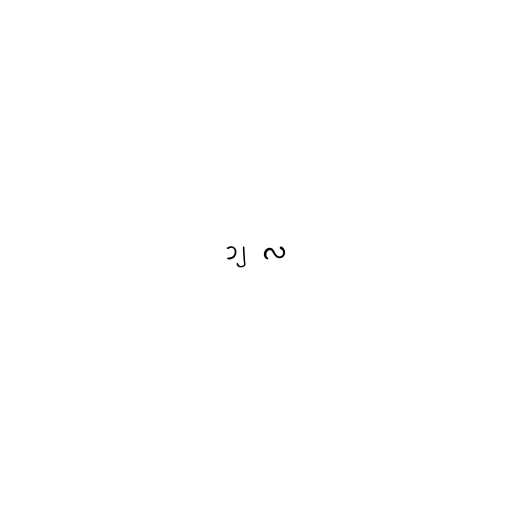
၁၂ လ